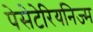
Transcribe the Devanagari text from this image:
पेसेटेरियनिज्म